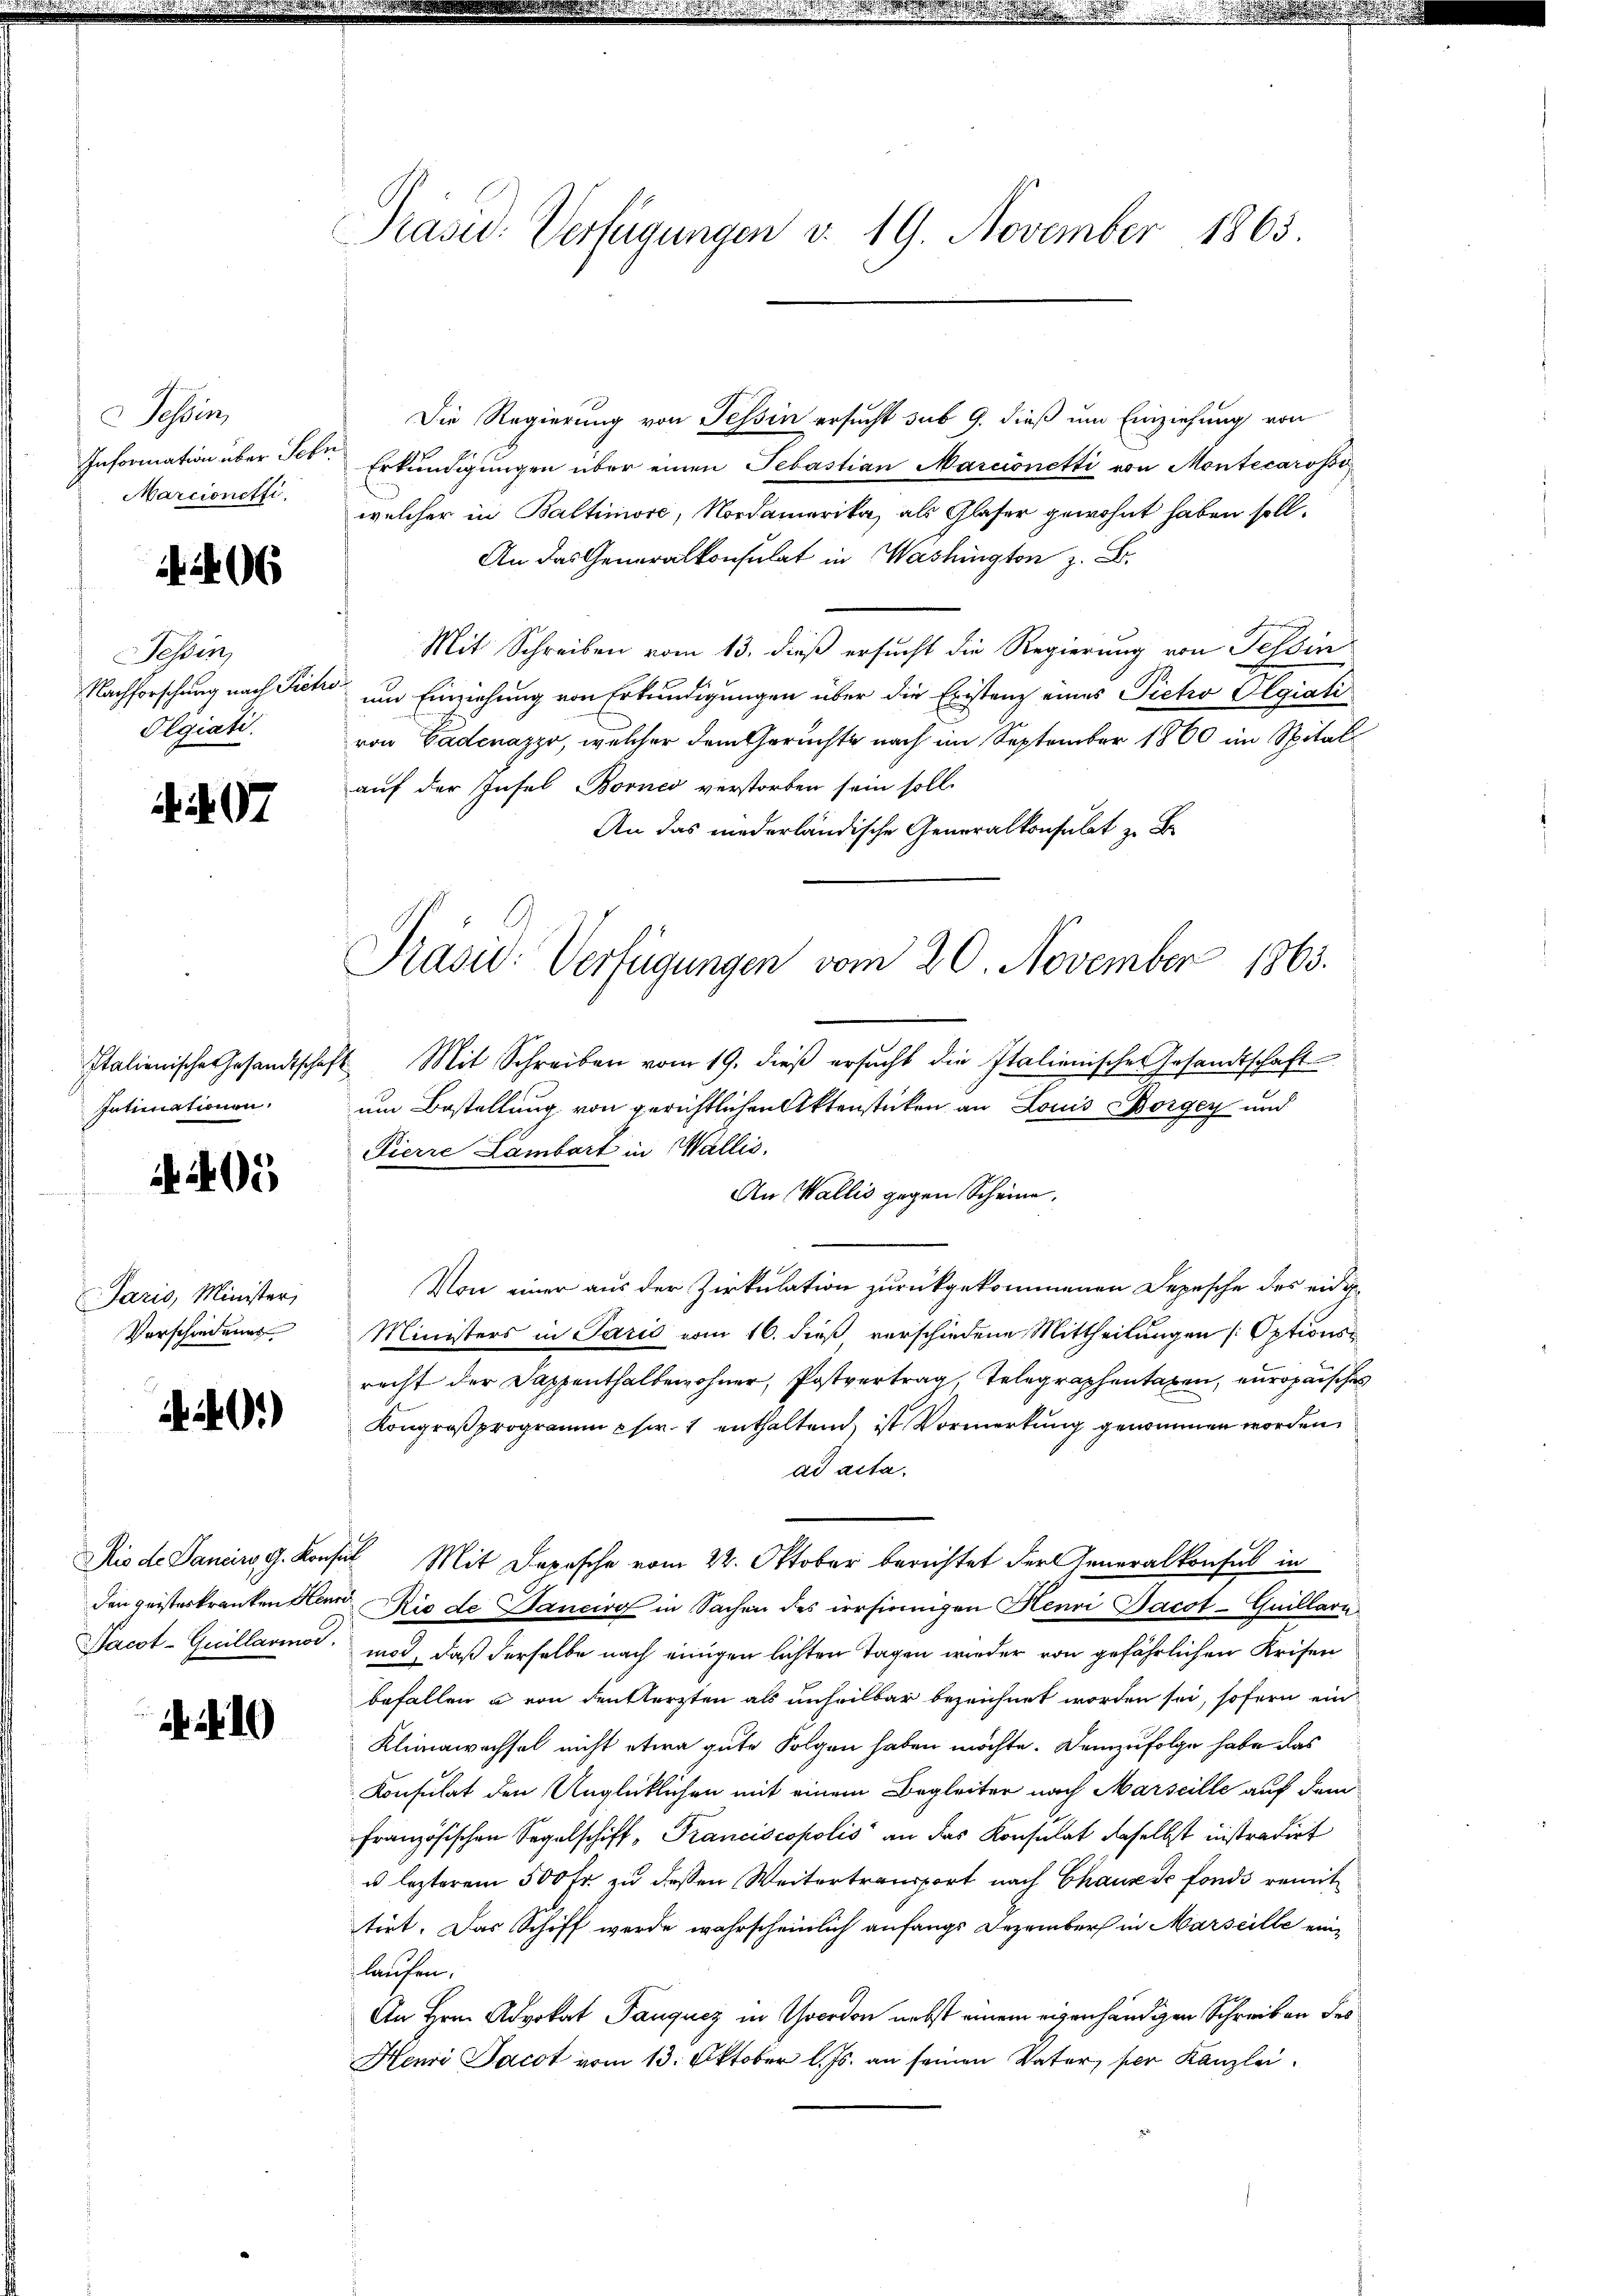
Tessin,
Information über Febr.
Marcionetti.

6

Tessin,
Nachforschung nach Sicher
Olgiati.

07

Italienische Gesandtschaf¬
Intimationen.

4400

Paris, Minister,
Vorschiedenes

401)

Rio de Sancirs, G. Konsin
den geisteskranken Henn
Pacot-Gicillario.

.

Präsid.: Verfügungen v. 19. November 1865.

Die Regierung von Tessin ersucht sub 9. dieß um Einziehung von
Erkŭndigŭngen über einen Sebastian Marcionetti von Montecarossi
welcher in Baltimore, Nordamerika, als Glaser gewohnt haben soll.
An das Generalkonsulat in Was z. B.
Mit Schreiben vom 13. dieß ersucht die Regierung von Feldin
um Einziehung von Erkundigungen über die Eristenz eines Pieto Pegiati
von Badenazzo, welcher dem Geruchte nach im September 1860 im Spitalauf der Insel Bornes verstorben sein soll.
An das niederländische Generalkonsulat zu B
Mit Schreiben vom 19. dieß ersucht die Italienische Gesandtschaft
um Bestellung von gerichtlichen Aktenstücken an Louis Borgen und
Pierre Lambert in Wallis.
An Wallis gegen Scheine,
Von einer aus der Zirkulation zurückgekommenen Depesche des eidig
Ministers in Paris vom 16. dieß verschiedene Mittheilungen Optionsrecht der Dappenthalbewohner, Postvertrag, Telegraphentagen, europaischen
Kongroß programm p fr. 1 enthalten, ist Vormerkung genommen worden
ad acta.
 Mit Depesche vom 22. Oktober berichtet der Generalkonsul in
Rio de Bancire in Sachen des irrsinnigen Henri Bacot-Guillari.
mod, daß derselbe nach einigen lichten Tagen wieder von gefährlichen Krisen
befallen u von denklerzten als unheilbar bezeichnet worden sei, sofern ein
Klimawachsel nicht etwa gute Folgen haben möchte. Demzufolge habe das
Konsulat den Unglücklichen mit einem Begleiter nach Marseille auf dem
französischen Segelschiff, Franciscopolis an das Konsulat daselbst instradirt
u lezterem 500 Fr. zu dessen Weitertransport nach Chause de fonds remit
tirt. Das Schiff werde wahrscheinlich anfangs Dezember in Marseille eine
laufen.
An Hrn. Advokat Pauquez in Goerdon nebst einem eigenhändigen Schreiben des
Henri Jacot vom 13. Oktober l. Js. an seinen Vater, per Kanzlei.

Präsid: Verfügungen vom 20. November 1863.